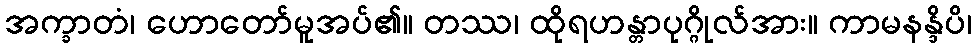
အက္ခာတံ၊ ဟောတော်မူအပ်၏။ တဿ၊ ထိုရဟန္တာပုဂ္ဂိုလ်အား။ ကာမနန္ဒိပိ၊